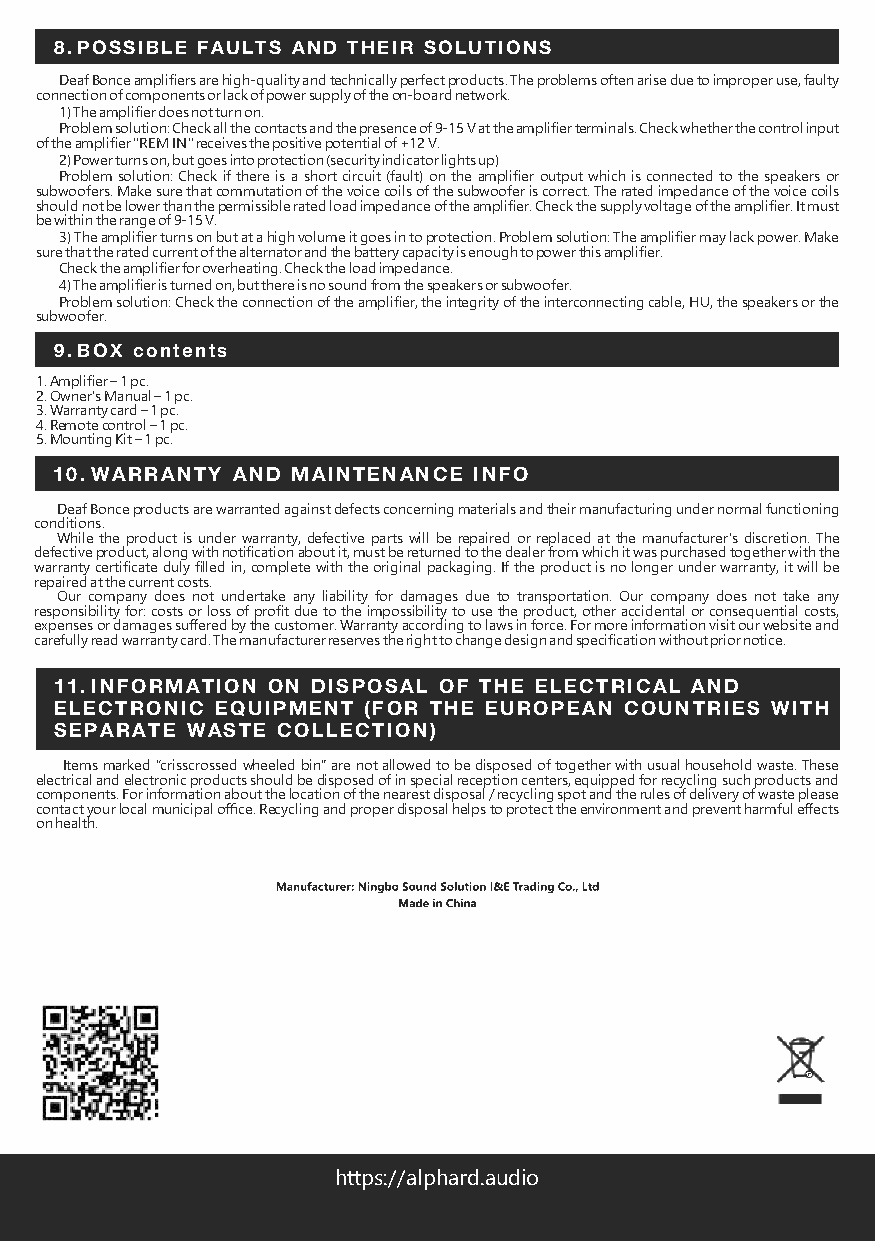
8. POSSIBLE FAULTS AND THEIR SOLUTIONS
 Deaf Bonce amplifiers are high-quality and technically perfect products. The problems often arise due to improper use, faulty
 connection of components or lack of power supply of the on-board network.
 1) The amplifier does not turn on.
 Problem solution: Check all the contacts and the presence of 9-15 V at the amplifier terminals. Check whether the control input
 of the amplifier "REM IN" receives the positive potential of +12 V.
 2) Power turns on, but goes into protection (security indicator lights up)
 Problem solution: Check if there is a short circuit (fault) on the amplifier output which is connected to the speakers or
 subwoofers. Make sure that commutation of the voice coils of the subwoofer is correct. The rated impedance of the voice coils
 should not be lower than the permissible rated load impedance of the amplifier. Check the supply voltage of the amplifier. It must
 be within the range of 9-15 V.
 3) The amplifier turns on but at a high volume it goes in to protection. Problem solution: The amplifier may lack power. Make
 sure that the rated current of the alternator and the battery capacity is enough to power this amplifier.
 Check the amplifier for overheating. Check the load impedance.
 4) The amplifier is turned on, but there is no sound from the speakers or subwoofer.
 Problem solution: Check the connection of the amplifier, the integrity of the interconnecting cable, HU, the speakers or the
 subwoofer.
 9. BOX contents
 1. Amplifier – 1 pc.
 2. Owner's Manual – 1 pc.
 3. Warranty card – 1 pc.
 4. Remote control – 1 pc.
 5. Mounting Kit – 1 pc.
 10. WARRANTY AND MAINTENANCE INFO
 Deaf Bonce products are warranted against defects concerning materials and their manufacturing under normal functioning
 conditions.
 While the product is under warranty, defective parts will be repaired or replaced at the manufacturer's discretion. The
 defective product, along with notification about it, must be returned to the dealer from which it was purchased together with the
 warranty certificate duly filled in, complete with the original packaging. If the product is no longer under warranty, it will be
 repaired at the current costs.
 Our company does not undertake any liability for damages due to transportation. Our company does not take any
 responsibility for: costs or loss of profit due to the impossibility to use the product, other accidental or consequential costs,
 expenses or damages suffered by the customer. Warranty according to laws in force. For more information visit our website and
 carefully read warranty card. The manufacturer reserves the right to change design and specification without prior notice.
 11. INFORMATION ON DISPOSAL OF THE ELECTRICAL AND
 ELECTRONIC EQUIPMENT (FOR THE EUROPEAN COUNTRIES WITH
 SEPARATE WASTE COLLECTION)
 Items marked “crisscrossed wheeled bin” are not allowed to be disposed of together with usual household waste. These
 electrical and electronic products should be disposed of in special reception centers, equipped for recycling such products and
 components. For information about the location of the nearest disposal / recycling spot and the rules of delivery of waste please
 contact your local municipal office. Recycling and proper disposal helps to protect the environment and prevent harmful effects
 on health.
 https://alphard.audio